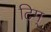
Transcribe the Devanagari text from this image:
टिम्‌